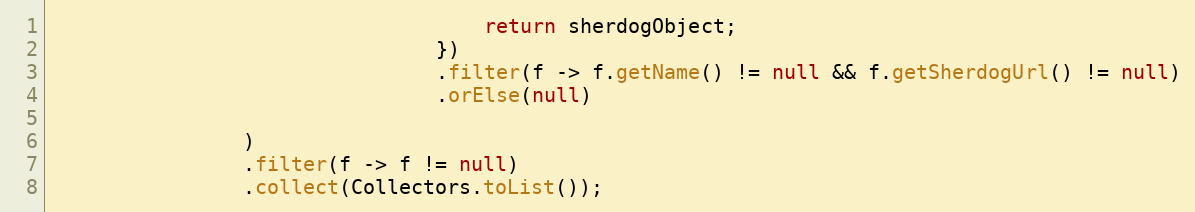
Language: Java
                                    return sherdogObject;
                                })
                                .filter(f -> f.getName() != null && f.getSherdogUrl() != null)
                                .orElse(null)

                )
                .filter(f -> f != null)
                .collect(Collectors.toList());